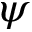
\psi